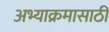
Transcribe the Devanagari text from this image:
अभ्याक्रमासाठी